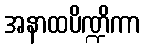
အနာထပိဏ္ဍိကာ